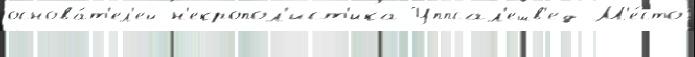
основа́т'ел'ей н'екропол'ист'ика Уппсал'ешв'ед М'е́сто